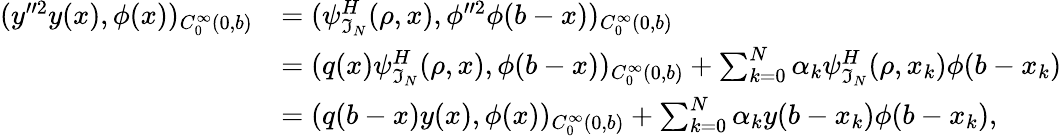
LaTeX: \begin{array}{rl}{(y^{\prime\prime 2}y(x),\phi(x))_{C_{0}^{\infty}(0,b)}}&{=(\psi_{\mathfrak{I}_{N}}^{H}(\rho,x),\phi^{\prime\prime 2}\phi(b-x))_{C_{0}^{\infty}(0,b)}}\\ &{=(q(x)\psi_{\mathfrak{I}_{N}}^{H}(\rho,x),\phi(b-x))_{C_{0}^{\infty}(0,b)}+\sum_{k=0}^{N}\alpha_{k}\psi_{\mathfrak{I}_{N}}^{H}(\rho,x_{k})\phi(b-x_{k})}\\ &{=(q(b-x)y(x),\phi(x))_{C_{0}^{\infty}(0,b)}+\sum_{k=0}^{N}\alpha_{k}y(b-x_{k})\phi(b-x_{k}),}\end{array}